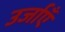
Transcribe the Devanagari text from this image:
उर्जाएँ